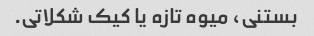
بستنی، میوه تازه یا کیک شکلاتی.